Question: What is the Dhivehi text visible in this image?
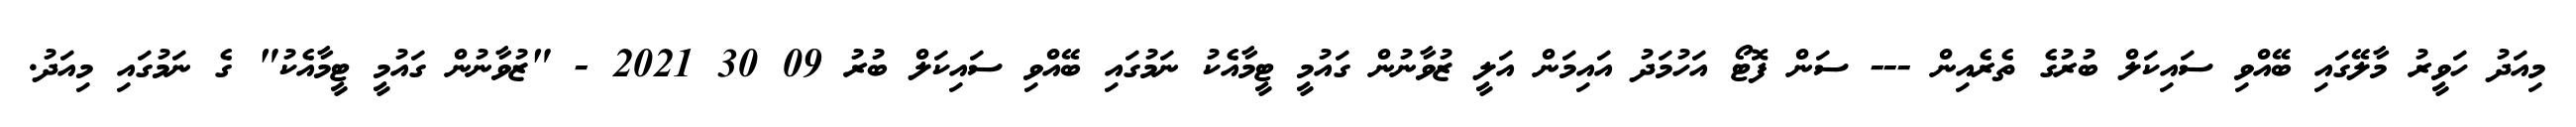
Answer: މިއަދު ހަވީރު މާލޭގައި ބޭއްވި ސައިކަލް ބުރުގެ ތެރެއިން --- ސަން ފޮޓޯ އަހުމަދު އައިމަން އަލީ ޒުވާނުން ގައުމީ ޓީމާއެކު ނަމުގައި ބޭއްވި ސައިކަލް ބުރު 09 30 2021 - "ޒުވާނުން ގައުމީ ޓީމާއެކު" ގެ ނަމުގައި މިއަދު.